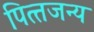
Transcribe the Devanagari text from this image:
पित्‍तजन्‍य